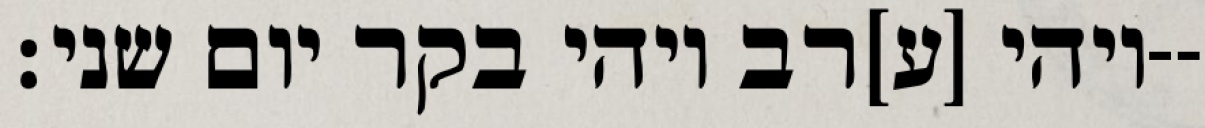
ויהי [ע]רב ויהי בקר יום שני׃--